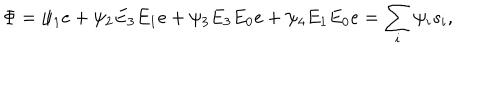
\Phi = \psi _ { 1 } e + \psi _ { 2 } E _ { 3 } E _ { 1 } e + \psi _ { 3 } E _ { 3 } E _ { 0 } e + \psi _ { 4 } E _ { 1 } E _ { 0 } e = \sum _ { i } \psi _ { i } s _ { i } ,